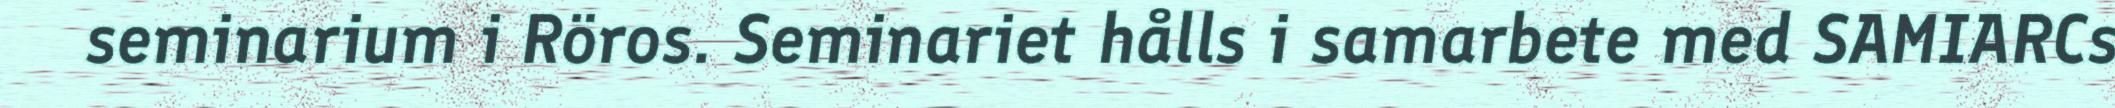
seminarium i Röros. Seminariet hålls i samarbete med SAMIARCs